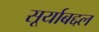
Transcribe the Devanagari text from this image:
सूर्याबद्दल